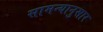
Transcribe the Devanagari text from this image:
सामन्यानुसार